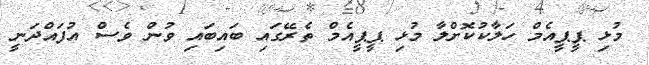
މުޅި ޕީޕީއެމް ހަލާކުކޮށްލާ މުޅި ޕީޕީއެމް ތެރޭގައި ބައިބައި ވުން ވެސް އުފައްދަނީ